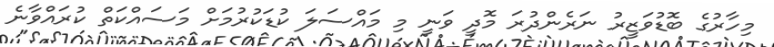
މިހާރުގެ ބޮޑުވަޒީރު ނަރެންދުރަ މޮދީ ވަނީ މި މައްސަލަ ކުޑަކުރުމަށް މަސައްކަތް ކުރައްވާނެ